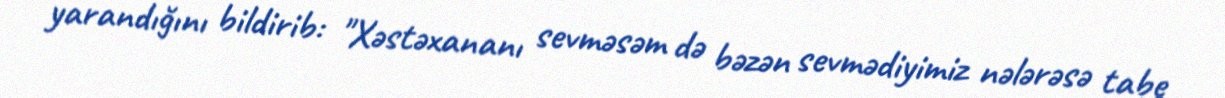
yarandığını bildirib: "Xəstəxananı sevməsəm də bəzən sevmədiyimiz nələrəsə tabe